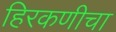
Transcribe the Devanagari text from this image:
हिरकणीचा